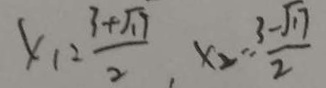
x _ { 1 } = \frac { 3 + \sqrt { 1 9 } } { 2 } , x _ { 2 } = \frac { 3 - \sqrt { 1 7 } } { 2 }